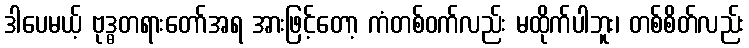
ဒါပေမယ့် ဗုဒ္ဓတရားတော်အရ အားဖြင့်တော့ ကံတစ်ဝက်လည်း မထိုက်ပါဘူး၊ တစ်စိတ်လည်း